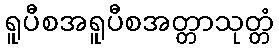
ရူပီစအရူပီစအတ္တာသုတ္တံ